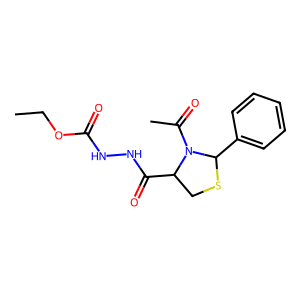
SMILES: CCOC(=O)NNC(=O)C1CSC(c2ccccc2)N1C(C)=O
Inhibits HIV replication: No